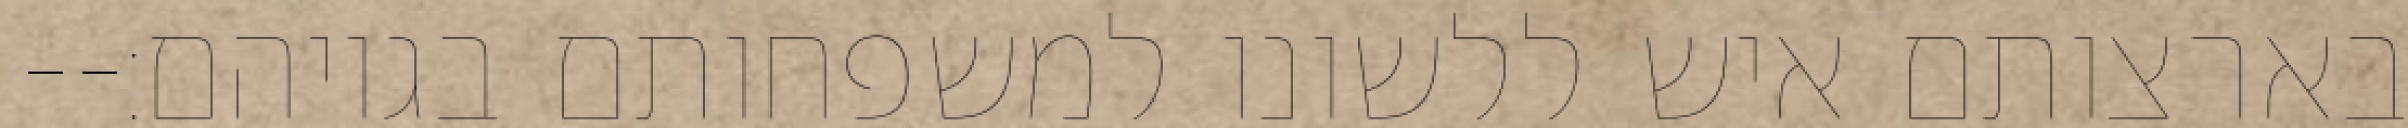
בארצותם איש ללשונו למשפחותם בגויהם׃--